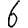
Digit: 6